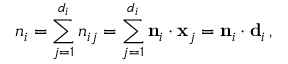
n _ { i } = \sum _ { j = 1 } ^ { d _ { i } } n _ { i j } = \sum _ { j = 1 } ^ { d _ { i } } { \bf n } _ { i } \cdot { \bf x } _ { j } = { \bf n } _ { i } \cdot { \bf d } _ { i } \, ,